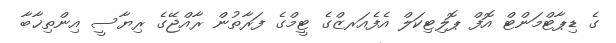
ގެ ޑިޕާޓްމަންޓް އޮފް ޕޮލިޓިކަލް އެފެއަރޒްގެ ޓީމްގެ ފަރާތުން ރާއްޖޭގެ ރިޔާސީ އިންތިޚާބާ